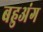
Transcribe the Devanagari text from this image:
बहुअंग